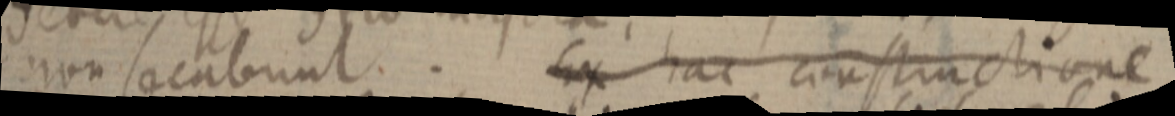
non secabunt. Ex hac constructione